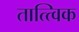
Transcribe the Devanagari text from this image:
तात्‍त्‍विक